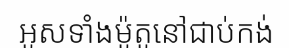
អូសទាំងម៉ូតូនៅជាប់កង់